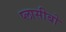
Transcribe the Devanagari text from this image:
प्लासीबो